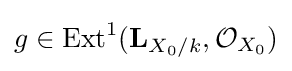
g\in {\text{Ext}}^{1}(\mathbf {L} _{X_{0}/k},{\mathcal {O}}_{X_{0}})